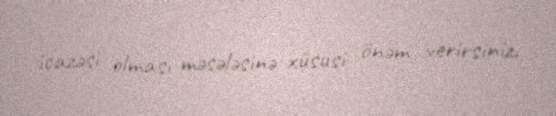
icazəsi olması məsələsinə xüsusi önəm verirsiniz.